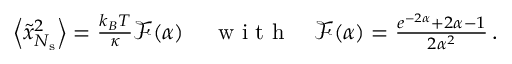
\begin{array} { r } { \left\langle \tilde { x } _ { N _ { \mathrm { s } } } ^ { 2 } \right\rangle = \frac { k _ { B } T } { \kappa } \mathcal { F } ( \alpha ) \, \quad \mathrm { ~ w ~ i ~ t ~ h ~ } \quad \mathcal { F } ( \alpha ) = \frac { e ^ { - 2 \alpha } + 2 \alpha - 1 } { 2 \alpha ^ { 2 } } \, . } \end{array}